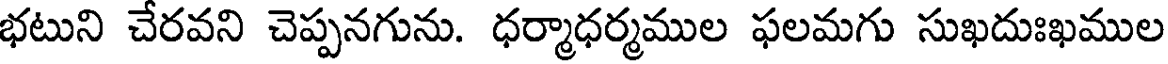
భటుని చేరవని చెప్పనగును. ధర్మాధర్మముల ఫలమగు సుఖదుఃఖముల